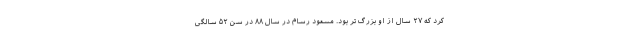
کرد که ۲۷ سال از او بزرگ تر بود. مسعود رسام در سال ۸۸ در سن ۵۲ سالگی